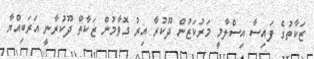
ޒަކާތުގެ ފައިސާ އިސްލާމީ މަރުކަޒުން ދޫކުރާ އިރު ގޮވާމުން ޒަކާތް ދޫކުރާނީ އަރަބިއްޔާ